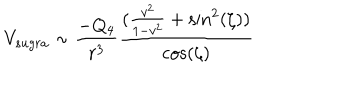
LaTeX: V _ { s u g r a } \sim \frac { - Q _ { 4 } } { r ^ { 3 } } \frac { ( \frac { v ^ { 2 } } { 1 - v ^ { 2 } } + \sin ^ { 2 } ( \zeta ) ) } { \cos ( \zeta ) }